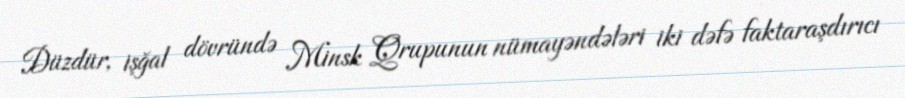
Düzdür, işğal dövründə Minsk Qrupunun nümayəndələri iki dəfə faktaraşdırıcı